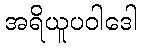
အရိယူပဝါဒေါ